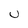
Character: U